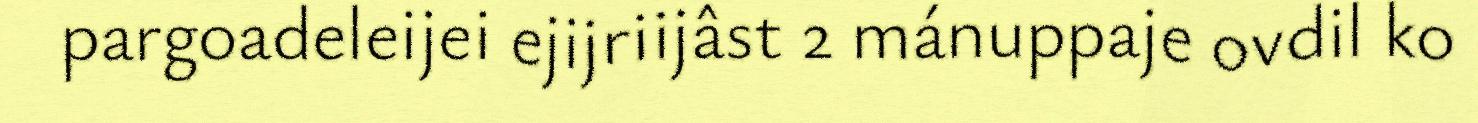
pargoadeleijei ejijriijâst 2 mánuppaje ovdil ko